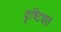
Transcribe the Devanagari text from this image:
दृष्टिवत